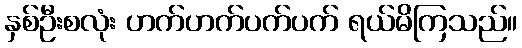
နှစ်ဦးစလုံး ဟက်ဟက်ပက်ပက် ရယ်မိကြသည်။